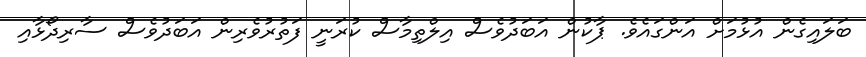
ބަލައިގެން އުޅުމަށް އަންގައެވެ. ޕާކުން އަބަދުވެސް އިލްތިމާސް ކުރަނީ ފަތުރުވެރިން އަބަދުވެސް ސާރިދޯޅާއި